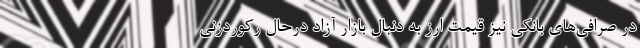
در صرافی‌های بانکی نیز قیمت ارز به دنبال بازار آزاد درحال رکوردزنی